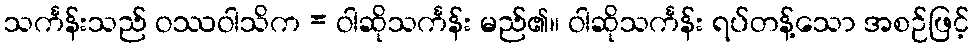
သင်္ကန်းသည် ဝဿဝါသိက = ဝါဆိုသင်္ကန်း မည်၏။ ဝါဆိုသင်္ကန်း ရပ်တန့်သော အစဉ်ဖြင့်